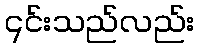
၎င်းသည်လည်း